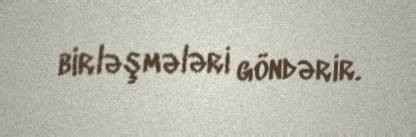
birləşmələri göndərir.